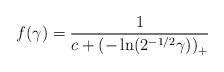
LaTeX: \begin{align*}f(\gamma) = \frac{1}{c+\left(-\ln(2^{-1/2}\gamma)\right)_+}\end{align*}